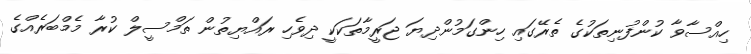
ހިއްސާވާ ކުންފުނިތަކުގެ ތެރޭގައި ހިންގަމުންދިޔަ ޖަރީމާތަކަކީ ދިވެހި ރައްޔިތުން ތަމްސީލް ކުރާ މެމްބަރެއްގެ